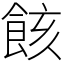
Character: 䬵